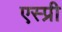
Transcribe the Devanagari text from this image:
एस्प्री